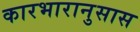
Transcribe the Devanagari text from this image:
कारभारानुसास